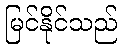
မြင်နိုင်သည်